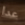
عدا